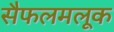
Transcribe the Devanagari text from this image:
सैफलमलूक